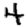
Digit: 4